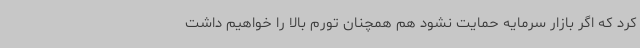
کرد که اگر بازار سرمایه حمایت نشود هم همچنان تورم بالا را خواهیم داشت